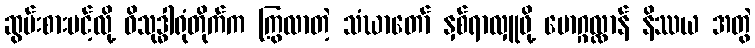
ဆွမ်းစားပင့်လို့ ဝိသုဒ္ဓါရုံတိုက်က ကြွလာတဲ့ သံဃာတော် နှစ်ရာလှူဖို့ မောဂ္ဂလ္လာန် နိဿယ အတွဲ